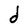
Character: d